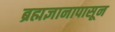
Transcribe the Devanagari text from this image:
ब्रह्मज्ञानापासून